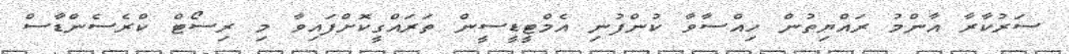
ސަރުކާރާ އާންމު ރައްޔިތުން ހިއްސާވާ ކުންފުނި އެމްޓީޑީސީން ތަރައްގީކޮށްފައިވާ މި ރިސޯޓް ކްރެސެންޑާސް